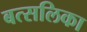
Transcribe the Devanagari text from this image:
बत्सलिका